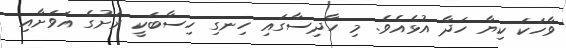
ވާހަކަ ކިޔާ ހަދާ އުޅެއެވެ. މި ހާދިސާގައި ހިނގި ހިސާބަކީ ރަށުގެ އަވަށާއި